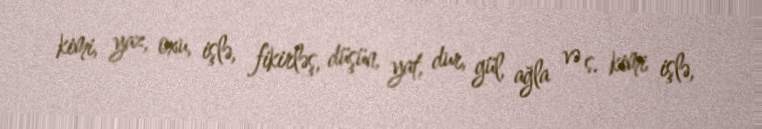
kimi, yaz, oxu, işlə, fikirləş, düşün, yat, dur, gül, ağla və s. kimi işlə,